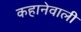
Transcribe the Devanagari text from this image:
कहानेवाली